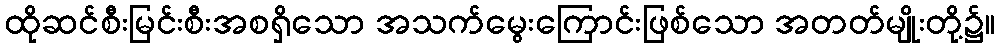
ထိုဆင်စီးမြင်းစီးအစရှိသော အသက်မွေးကြောင်းဖြစ်သော အတတ်မျိုးတို့၌။